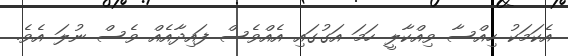
އެކަމަކު ހިއްސާ ވިއްކާލީ ހަމަ އަގުގައި އެއްވެސް ފައިދާއެއް ވެސް ނުލަ އެވެ.